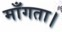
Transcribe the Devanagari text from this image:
माँगता।